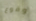
وقوع